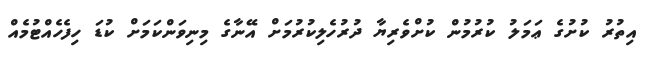
އިތުރު ކުށުގެ ޢަމަލު ކުރުމުން ކުށްވެރިޔާ ދުރުހެލިކުރުމަށް އޭނާގެ މިނިވަންކަމަށް ކުޑަ ހިފެހެއްޓުމެއް